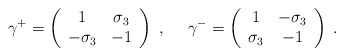
\begin{align*}\gamma^+=\left(\begin{array}{cc} 1 & \sigma_3 \\ -\sigma_3 & -1 \end{array}\right)~,~~~~ \gamma^-=\left(\begin{array}{cc} 1 & -\sigma_3 \\ \sigma_3 & -1 \end{array}\right)\;.\end{align*}